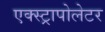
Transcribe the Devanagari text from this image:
एक्स्ट्रापोलेटर